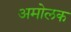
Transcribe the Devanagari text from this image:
अमोलक